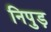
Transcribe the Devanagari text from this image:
निपुड़